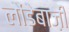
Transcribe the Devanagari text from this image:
लौंडेबाज़ी